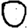
Digit: 0